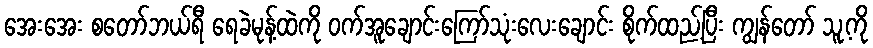
အေးအေး စတော်ဘယ်ရီ ရေခဲမုန့်ထဲကို ဝက်အူချောင်းကြော်သုံးလေးချောင်း စိုက်ထည့်ပြီး ကျွန်တော် သူ့ကို